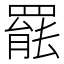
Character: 𮊒